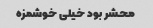
محشر بود خیلی خوشمزه